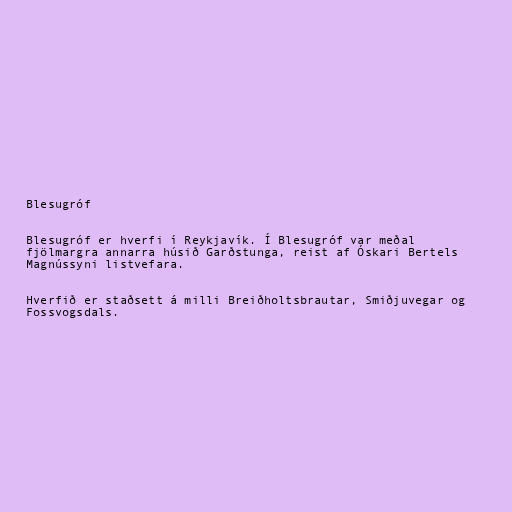
Blesugróf

Blesugróf er hverfi í Reykjavík. Í Blesugróf var meðal
fjölmargra annarra húsið Garðstunga, reist af Óskari Bertels
Magnússyni listvefara.

Hverfið er staðsett á milli Breiðholtsbrautar, Smiðjuvegar og
Fossvogsdals.